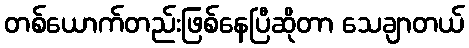
တစ်ယောက်တည်းဖြစ်နေပြီဆိုတာ သေချာတယ်